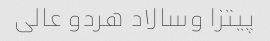
پیتزا وسالاد هردو عالی